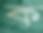
ক